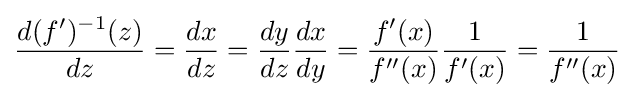
{\frac {d(f')^{-1}(z)}{dz}}={\frac {dx}{dz}}={\frac {dy}{dz}}{\frac {dx}{dy}}={\frac {f'(x)}{f''(x)}}{\frac {1}{f'(x)}}={\frac {1}{f''(x)}}